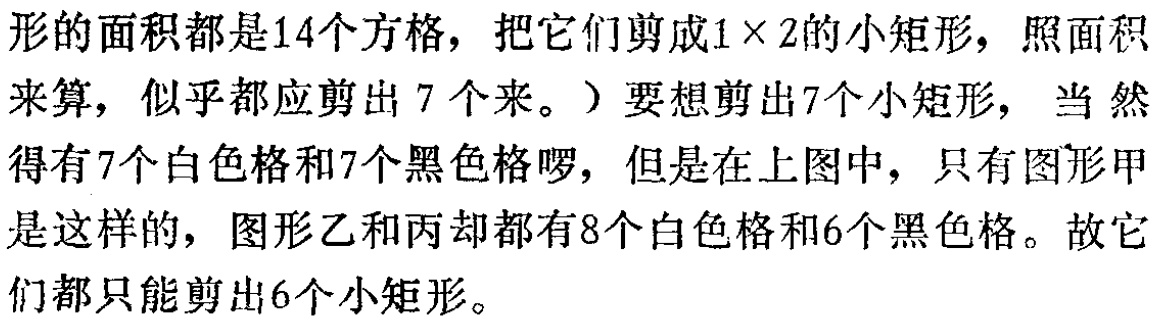
形的面积都是14个方格，把它们剪成1×2的小矩形，照面积

来算，似乎都应剪出 7 个来。）要想剪出7个小矩形， 当 然

得有7个白色格和7个黑色格啰，但是在上图中，只有图形甲

是这样的，图形乙和丙却都有8个白色格和6个黑色格。故它

们都只能剪出6个小矩形。